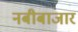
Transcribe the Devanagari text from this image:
नबीबाजार